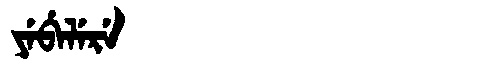
Manchu: ᠶᡝᠪᡝᠯᡝᡵᡝ
Romanization: YEBELERE